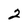
Character: 2